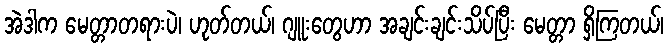
အဲဒါက မေတ္တာတရားပဲ၊ ဟုတ်တယ်၊ ဂျူးတွေဟာ အချင်းချင်းသိပ်ပြီး မေတ္တာ ရှိကြတယ်၊